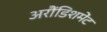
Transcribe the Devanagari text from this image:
अरौंडिशमेंट